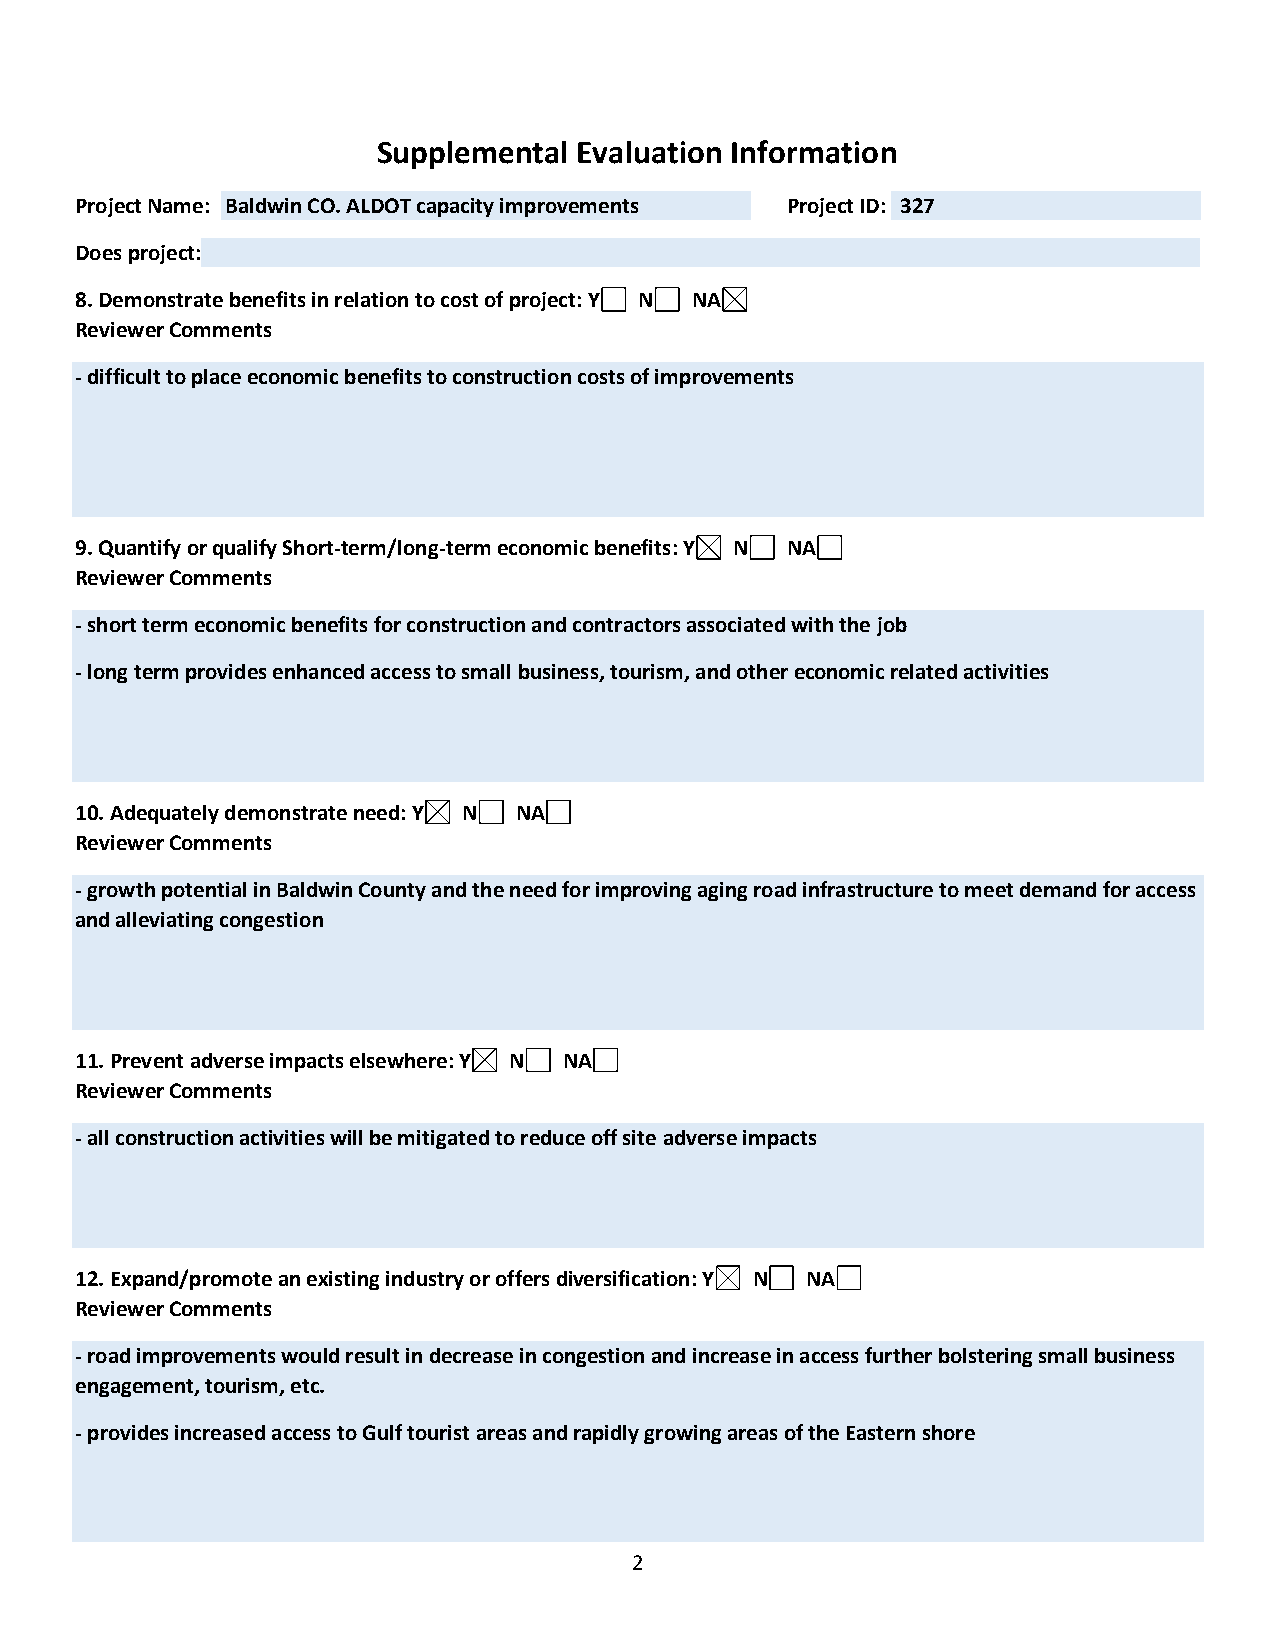
Supplemental Evaluation Information
 Project Name: Baldwin CO. ALDOT capacity improvements Project ID: 327
 Does project:
 8. Demonstrate benefits in relation to cost of project: Y N NA
 Reviewer Comments
 - difficult to place economic benefits to construction costs of improvements
 9. Quantify or qualify Short-term/long-term economic benefits: Y N NA
 Reviewer Comments
 - short term economic benefits for construction and contractors associated with the job
 - long term provides enhanced access to small business, tourism, and other economic related activities
 10. Adequately demonstrate need: Y N NA
 Reviewer Comments
 - growth potential in Baldwin County and the need for improving aging road infrastructure to meet demand for access
 and alleviating congestion
 11. Prevent adverse impacts elsewhere: Y N NA
 Reviewer Comments
 - all construction activities will be mitigated to reduce off site adverse impacts
 12. Expand/promote an existing industry or offers diversification: Y N NA
 Reviewer Comments
 - road improvements would result in decrease in congestion and increase in access further bolstering small business
 engagement, tourism, etc.
 - provides increased access to Gulf tourist areas and rapidly growing areas of the Eastern shore
 2